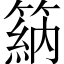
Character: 䈫